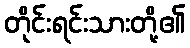
တိုင်းရင်းသားတို့၏